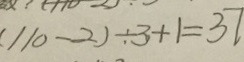
( 1 1 0 - 2 ) \div 3 + 1 = 3 7